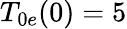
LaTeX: T_{0e}(0)=5